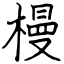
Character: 槾